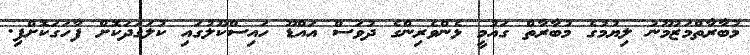
މުބާރާތްމަޒުމޫނު ލިޔުމުގެ މުބާރާތް ގައުމީ ޅެންވެރިންގެ ދުވަސް އައްޑޫ ހައިސްކޫލުގައި ކުލަގަދަކޮށް ފާހަގަކޮށްފި.